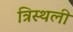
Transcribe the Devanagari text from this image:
त्रिस्थली